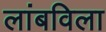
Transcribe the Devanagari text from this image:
लांबविला